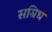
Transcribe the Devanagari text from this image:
सम्रिध